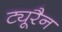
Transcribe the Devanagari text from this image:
ट्यूरैन